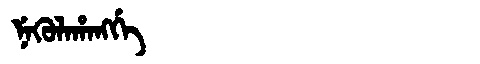
Manchu: ᠨᡝᡴᡠᠯᠠᡥᠠᠩᡤᡝ
Romanization: NEKULAHANGGE